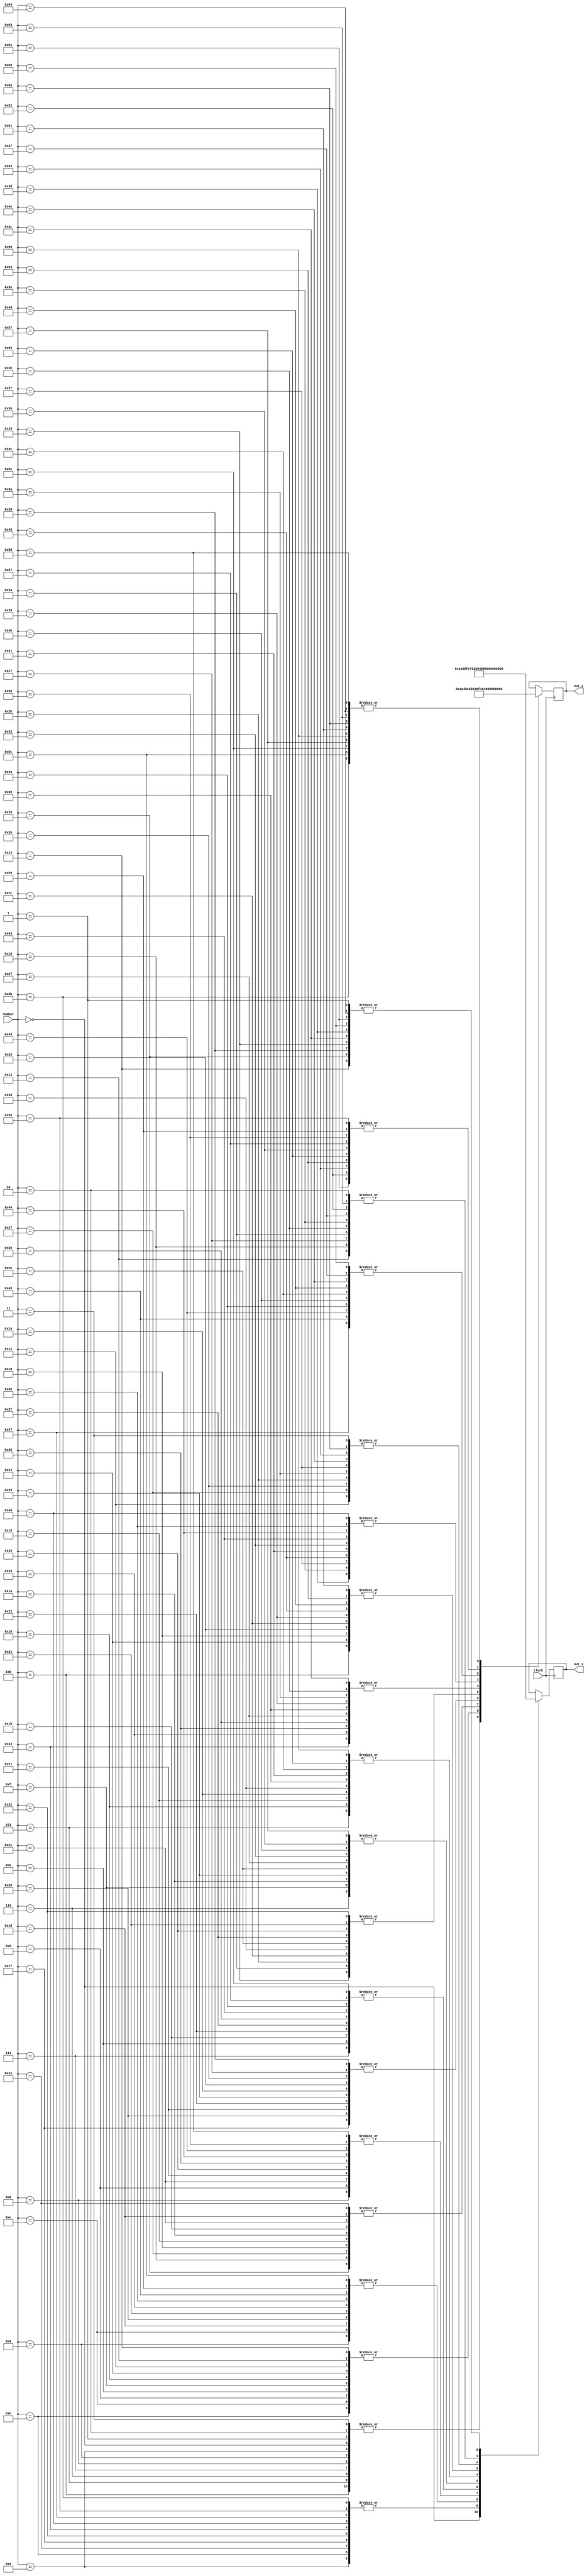
module lut_coordinates(clock, number, out_x, out_y);
	input [6:0] number;
	input clock;
	output reg [8:0] out_x;
	output reg [8:0] out_y;
	always @(negedge clock)
		begin
			case(number)
			7'd0:
			  begin
				 out_x <= 9'd5;
				 out_y <= 9'd210;
			  end
			7'd1:
			  begin
				 out_x <= 9'd14;
				 out_y <= 9'd210;
			  end
			7'd2:
			  begin
				 out_x <= 9'd44;
				 out_y <= 9'd210;
			  end
			7'd3:
			  begin
				 out_x <= 9'd74;
				 out_y <= 9'd210;
			  end
			7'd4:
			  begin
				 out_x <= 9'd104;
				 out_y <= 9'd210;
			  end
			7'd5:
			  begin
				 out_x <= 9'd134;
				 out_y <= 9'd210;
			  end
			7'd6:
			  begin
				 out_x <= 9'd164;
				 out_y <= 9'd210;
			  end
			7'd7:
			  begin
				 out_x <= 9'd194;
				 out_y <= 9'd210;
			  end
			7'd8:
			  begin
				 out_x <= 9'd224;
				 out_y <= 9'd210;
			  end
			7'd9:
			  begin
				 out_x <= 9'd254;
				 out_y <= 9'd210;
			  end
			7'd10:
			  begin
				 out_x <= 9'd284;
				 out_y <= 9'd210;
			  end
			7'd11:
			  begin
				 out_x <= 9'd284;
				 out_y <= 9'd188;
			  end
			7'd12:
			  begin
				 out_x <= 9'd254;
				 out_y <= 9'd188;
			  end
			7'd13:
			  begin
				 out_x <= 9'd224;
				 out_y <= 9'd188;
			  end
			7'd14:
			  begin
				 out_x <= 9'd194;
				 out_y <= 9'd188;
			  end
			7'd15:
			  begin
				 out_x <= 9'd164;
				 out_y <= 9'd188;
			  end
			7'd16:
			  begin
				 out_x <= 9'd134;
				 out_y <= 9'd188;
			  end
			7'd17:
			  begin
				 out_x <= 9'd104;
				 out_y <= 9'd188;
			  end
			7'd18:
			  begin
				 out_x <= 9'd74;
				 out_y <= 9'd188;
			  end
			7'd19:
			  begin
				 out_x <= 9'd44;
				 out_y <= 9'd188;
			  end
			7'd20:
			  begin
				 out_x <= 9'd14;
				 out_y <= 9'd188;
			  end
			7'd21:
			  begin
				 out_x <= 9'd14;
				 out_y <= 9'd166;
			  end
			7'd22:
			  begin
				 out_x <= 9'd44;
				 out_y <= 9'd166;
			  end
			7'd23:
			  begin
				 out_x <= 9'd74;
				 out_y <= 9'd166;
			  end
			7'd24:
			  begin
				 out_x <= 9'd104;
				 out_y <= 9'd166;
			  end
			7'd25:
			  begin
				 out_x <= 9'd134;
				 out_y <= 9'd166;
			  end
			7'd26:
			  begin
				 out_x <= 9'd164;
				 out_y <= 9'd166;
			  end
			7'd27:
			  begin
				 out_x <= 9'd194;
				 out_y <= 9'd166;
			  end
			7'd28:
			  begin
				 out_x <= 9'd224;
				 out_y <= 9'd166;
			  end
			7'd29:
			  begin
				 out_x <= 9'd254;
				 out_y <= 9'd166;
			  end
			7'd30:
			  begin
				 out_x <= 9'd284;
				 out_y <= 9'd166;
			  end
			7'd31:
			  begin
				 out_x <= 9'd284;
				 out_y <= 9'd144;
			  end
			7'd32:
			  begin
				 out_x <= 9'd254;
				 out_y <= 9'd144;
			  end
			7'd33:
			  begin
				 out_x <= 9'd224;
				 out_y <= 9'd144;
			  end
			7'd34:
			  begin
				 out_x <= 9'd194;
				 out_y <= 9'd144;
			  end
			7'd35:
			  begin
				 out_x <= 9'd164;
				 out_y <= 9'd144;
			  end
			7'd36:
			  begin
				 out_x <= 9'd134;
				 out_y <= 9'd144;
			  end
			7'd37:
			  begin
				 out_x <= 9'd104;
				 out_y <= 9'd144;
			  end
			7'd38:
			  begin
				 out_x <= 9'd74;
				 out_y <= 9'd144;
			  end
			7'd39:
			  begin
				 out_x <= 9'd44;
				 out_y <= 9'd144;
			  end
			7'd40:
			  begin
				 out_x <= 9'd14;
				 out_y <= 9'd144;
			  end
			7'd41:
			  begin
				 out_x <= 9'd14;
				 out_y <= 9'd122;
			  end
			7'd42:
			  begin
				 out_x <= 9'd44;
				 out_y <= 9'd122;
			  end
			7'd43:
			  begin
				 out_x <= 9'd74;
				 out_y <= 9'd122;
			  end
			7'd44:
			  begin
				 out_x <= 9'd104;
				 out_y <= 9'd122;
			  end
			7'd45:
			  begin
				 out_x <= 9'd134;
				 out_y <= 9'd122;
			  end
			7'd46:
			  begin
				 out_x <= 9'd164;
				 out_y <= 9'd122;
			  end
			7'd47:
			  begin
				 out_x <= 9'd194;
				 out_y <= 9'd122;
			  end
			7'd48:
			  begin
				 out_x <= 9'd224;
				 out_y <= 9'd122;
			  end
			7'd49:
			  begin
				 out_x <= 9'd254;
				 out_y <= 9'd122;
			  end
			7'd50:
			  begin
				 out_x <= 9'd284;
				 out_y <= 9'd122;
			  end
			7'd51:
			  begin
				 out_x <= 9'd284;
				 out_y <= 9'd100;
			  end
			7'd52:
			  begin
				 out_x <= 9'd254;
				 out_y <= 9'd100;
			  end
			7'd53:
			  begin
				 out_x <= 9'd224;
				 out_y <= 9'd100;
			  end
			7'd54:
			  begin
				 out_x <= 9'd194;
				 out_y <= 9'd100;
			  end
			7'd55:
			  begin
				 out_x <= 9'd164;
				 out_y <= 9'd100;
			  end
			7'd56:
			  begin
				 out_x <= 9'd134;
				 out_y <= 9'd100;
			  end
			7'd57:
			  begin
				 out_x <= 9'd104;
				 out_y <= 9'd100;
			  end
			7'd58:
			  begin
				 out_x <= 9'd74;
				 out_y <= 9'd100;
			  end
			7'd59:
			  begin
				 out_x <= 9'd44;
				 out_y <= 9'd100;
			  end
			7'd60:
			  begin
				 out_x <= 9'd14;
				 out_y <= 9'd100;
			  end
			7'd61:
			  begin
				 out_x <= 9'd14;
				 out_y <= 9'd78;
			  end
			7'd62:
			  begin
				 out_x <= 9'd44;
				 out_y <= 9'd78;
			  end
			7'd63:
			  begin
				 out_x <= 9'd74;
				 out_y <= 9'd78;
			  end
			7'd64:
			  begin
				 out_x <= 9'd104;
				 out_y <= 9'd78;
			  end
			7'd65:
			  begin
				 out_x <= 9'd134;
				 out_y <= 9'd78;
			  end
			7'd66:
			  begin
				 out_x <= 9'd164;
				 out_y <= 9'd78;
			  end
			7'd67:
			  begin
				 out_x <= 9'd194;
				 out_y <= 9'd78;
			  end
			7'd68:
			  begin
				 out_x <= 9'd224;
				 out_y <= 9'd78;
			  end
			7'd69:
			  begin
				 out_x <= 9'd254;
				 out_y <= 9'd78;
			  end
			7'd70:
			  begin
				 out_x <= 9'd284;
				 out_y <= 9'd78;
			  end
			7'd71:
			  begin
				 out_x <= 9'd284;
				 out_y <= 9'd56;
			  end
			7'd72:
			  begin
				 out_x <= 9'd254;
				 out_y <= 9'd56;
			  end
			7'd73:
			  begin
				 out_x <= 9'd224;
				 out_y <= 9'd56;
			  end
			7'd74:
			  begin
				 out_x <= 9'd194;
				 out_y <= 9'd56;
			  end
			7'd75:
			  begin
				 out_x <= 9'd164;
				 out_y <= 9'd56;
			  end
			7'd76:
			  begin
				 out_x <= 9'd134;
				 out_y <= 9'd56;
			  end
			7'd77:
			  begin
				 out_x <= 9'd104;
				 out_y <= 9'd56;
			  end
			7'd78:
			  begin
				 out_x <= 9'd74;
				 out_y <= 9'd56;
			  end
			7'd79:
			  begin
				 out_x <= 9'd44;
				 out_y <= 9'd56;
			  end
			7'd80:
			  begin
				 out_x <= 9'd14;
				 out_y <= 9'd56;
			  end
			7'd81:
			  begin
				 out_x <= 9'd14;
				 out_y <= 9'd34;
			  end
			7'd82:
			  begin
				 out_x <= 9'd44;
				 out_y <= 9'd34;
			  end
			7'd83:
			  begin
				 out_x <= 9'd74;
				 out_y <= 9'd34;
			  end
			7'd84:
			  begin
				 out_x <= 9'd104;
				 out_y <= 9'd34;
			  end
			7'd85:
			  begin
				 out_x <= 9'd134;
				 out_y <= 9'd34;
			  end
			7'd86:
			  begin
				 out_x <= 9'd164;
				 out_y <= 9'd34;
			  end
			7'd87:
			  begin
				 out_x <= 9'd194;
				 out_y <= 9'd34;
			  end
			7'd88:
			  begin
				 out_x <= 9'd224;
				 out_y <= 9'd34;
			  end
			7'd89:
			  begin
				 out_x <= 9'd254;
				 out_y <= 9'd34;
			  end
			7'd90:
			  begin
				 out_x <= 9'd284;
				 out_y <= 9'd34;
			  end
			7'd91:
			  begin

				 out_x <= 9'd284;
				 out_y <= 9'd12;
			  end
			7'd92:
			  begin
				 out_x <= 9'd254;
				 out_y <= 9'd12;
			  end
			7'd93:
			  begin
				 out_x <= 9'd224;
				 out_y <= 9'd12;
			  end
			7'd94:
			  begin
				 out_x <= 9'd194;
				 out_y <= 9'd12;
			  end
			7'd95:
			  begin
				 out_x <= 9'd164;
				 out_y <= 9'd12;
			  end
			7'd96:
			  begin
				 out_x <= 9'd134;
				 out_y <= 9'd12;
			  end
			7'd97:
			  begin
				 out_x <= 9'd104;
				 out_y <= 9'd12;
			  end
			7'd98:
			  begin
				 out_x <= 9'd74;
				 out_y <= 9'd12;
			  end
			7'd99:
			  begin
				 out_x <= 9'd44;
				 out_y <= 9'd12;
			  end
			7'd100:
			  begin
				 out_x <= 9'd14;
				 out_y <= 9'd12;
			  end
		endcase
	end
endmodule